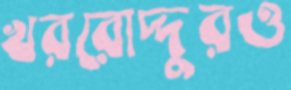
খররোদ্দুরও